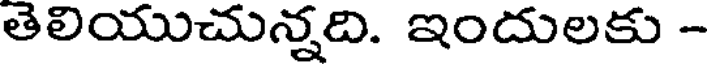
తెలియుచున్నది. ఇందులకు -